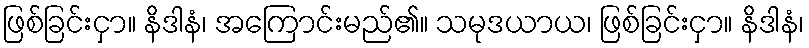
ဖြစ်ခြင်းငှာ။ နိဒါနံ၊ အကြောင်းမည်၏။ သမုဒယာယ၊ ဖြစ်ခြင်းငှာ။ နိဒါနံ၊